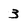
Character: 3